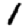
Digit: 1